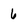
Character: 6